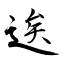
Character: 逘